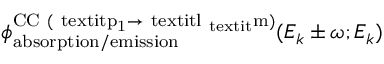
\phi _ { \mathrm { { a b s o r p t i o n / e m i s s i o n } } } ^ { \mathrm { { C C } ~ ( \ t e x t i t { p } _ { 1 } \rightarrow \ t e x t i t { l } _ { \ t e x t i t } { m } ) } } ( E _ { k } \pm \omega ; E _ { k } )